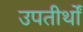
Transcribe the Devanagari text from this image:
उपतीर्थों